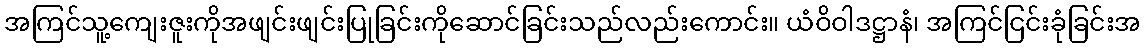
အကြင်သူ့ကျေးဇူးကိုအဖျင်းဖျင်းပြုခြင်းကိုဆောင်ခြင်းသည်လည်းကောင်း။ ယံဝိဝါဒဋ္ဌာနံ၊ အကြင်ငြင်းခုံခြင်းအ